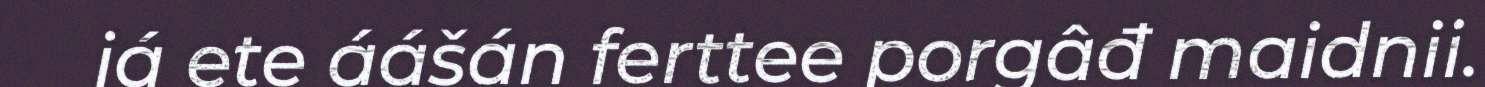
já ete áášán ferttee porgâđ maidnii.